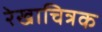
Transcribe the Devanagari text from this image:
रेखाचित्रक